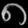
Digit: ၈